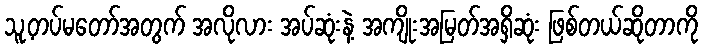
သူ့တပ်မတော်အတွက် အလိုလား အပ်ဆုံးနဲ့ အကျိုးအမြတ်အရှိဆုံး ဖြစ်တယ်ဆိုတာကို